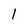
Character: I